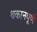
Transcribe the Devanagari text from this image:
थकानपूर्ण